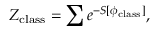
Z _ { \mathrm { c l a s s } } = \sum e ^ { - S [ \phi _ { \mathrm { c l a s s } } ] } ,